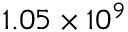
1 . 0 5 \times 1 0 ^ { 9 }